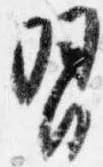
習